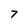
Character: 7